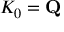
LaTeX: K _ { 0 } = \mathbf { Q }